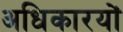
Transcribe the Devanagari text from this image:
अधिकारयों